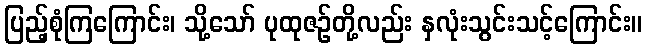
ပြည့်စုံကြကြောင်း၊ သို့သော် ပုထုဇဉ်တို့လည်း နှလုံးသွင်းသင့်ကြောင်း။